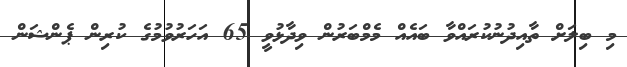
މި ބިލަށް ތާއިދުނުކުރައްވާ ބައެއް މެމްބަރުން ވިދާޅުވީ 65 އަހަރުވުމުގެ ކުރިން ޕެންޝަން